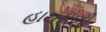
હાથસણી